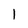
Character: 1